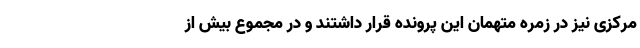
مرکزی نیز در زمره متهمان این پرونده قرار داشتند و در مجموع بیش از